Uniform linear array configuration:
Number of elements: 12
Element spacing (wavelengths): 0.5
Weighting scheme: exponential
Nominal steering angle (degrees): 30
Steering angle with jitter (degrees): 29.656
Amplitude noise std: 0.05
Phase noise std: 0.05

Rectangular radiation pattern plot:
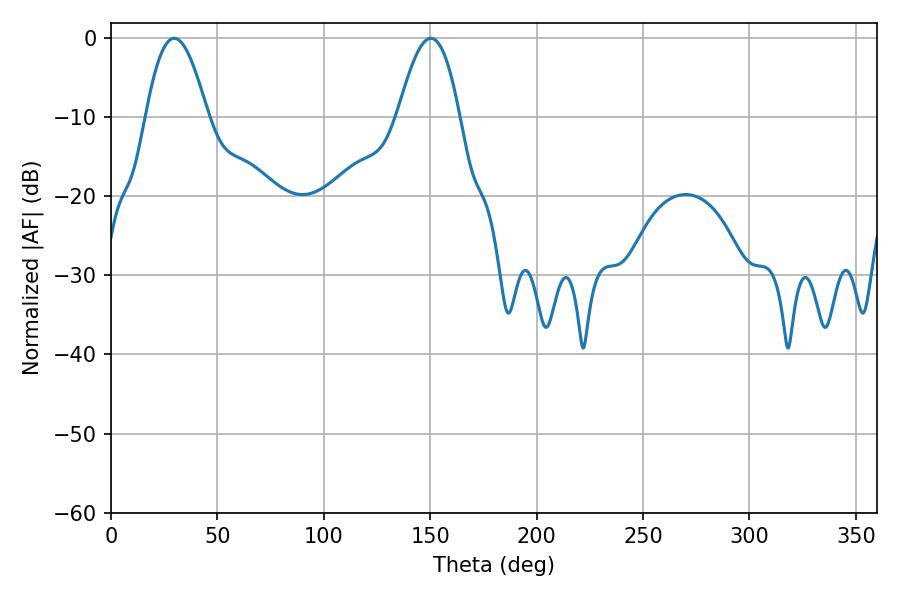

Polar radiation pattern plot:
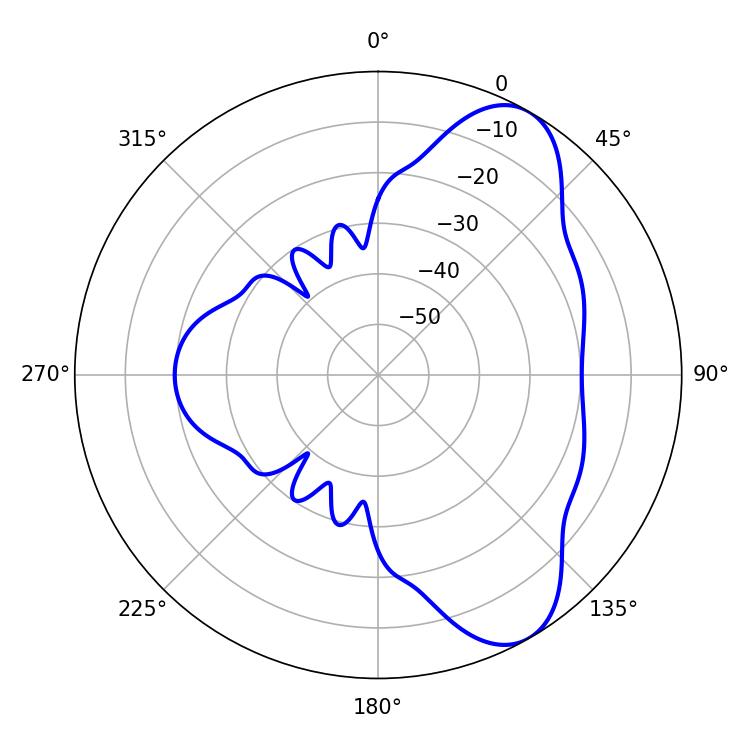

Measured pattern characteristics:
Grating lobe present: FALSE
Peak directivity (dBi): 7.887
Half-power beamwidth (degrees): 15.84
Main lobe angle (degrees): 29.7